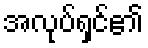
အလုပ်ရှင်၏